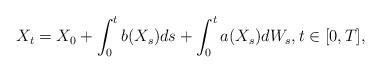
LaTeX: \begin{align*}X_t= X_0 + \int_0^t b( X_s)ds + \int_0^t a(X_s)dW_s, t \in [0,T], \end{align*}